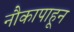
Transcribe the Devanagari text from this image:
नौकापाहून